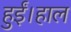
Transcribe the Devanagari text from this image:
हुईं।हाल